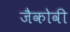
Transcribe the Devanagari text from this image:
जैकोवी